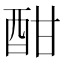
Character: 酣